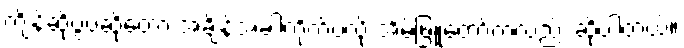
ကျိန်ဆိုပွဲပဲဆိုတော့ အချိန်အခါကိုက်ပဲလို့ အိမ်ဖြူတော်ကလည်း ဆိုပါတယ်။